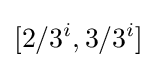
[2/3^{i},3/3^{i}]